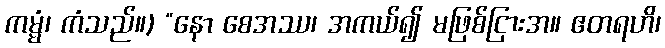
ကမ္မံ၊ ကံသည်။) “နော စေအဿ၊ အကယ်၍ မဖြစ်ငြားအ။ ဧတရဟိ၊